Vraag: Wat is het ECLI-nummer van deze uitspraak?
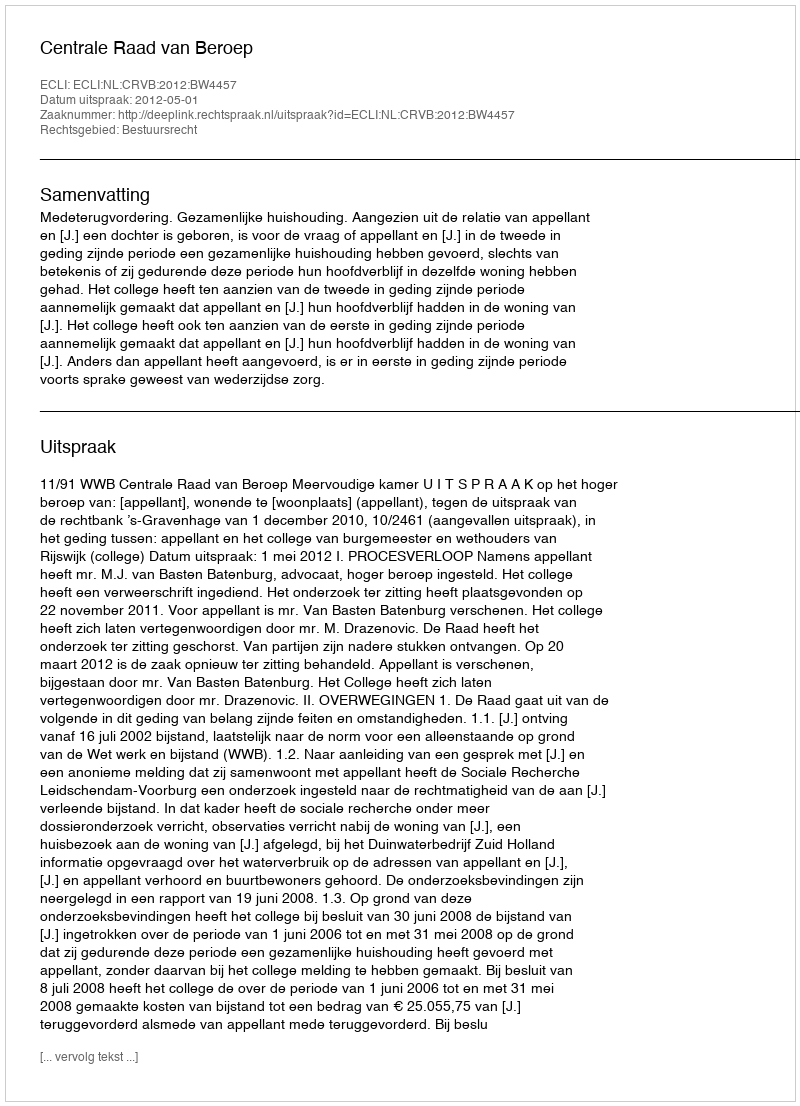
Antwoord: ECLI:NL:CRVB:2012:BW4457